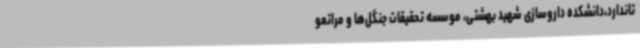
تاندارد،دانشکده داروسازی شهید بهشتی، موسسه تحقیقات جنگل‌ها و مراتعو